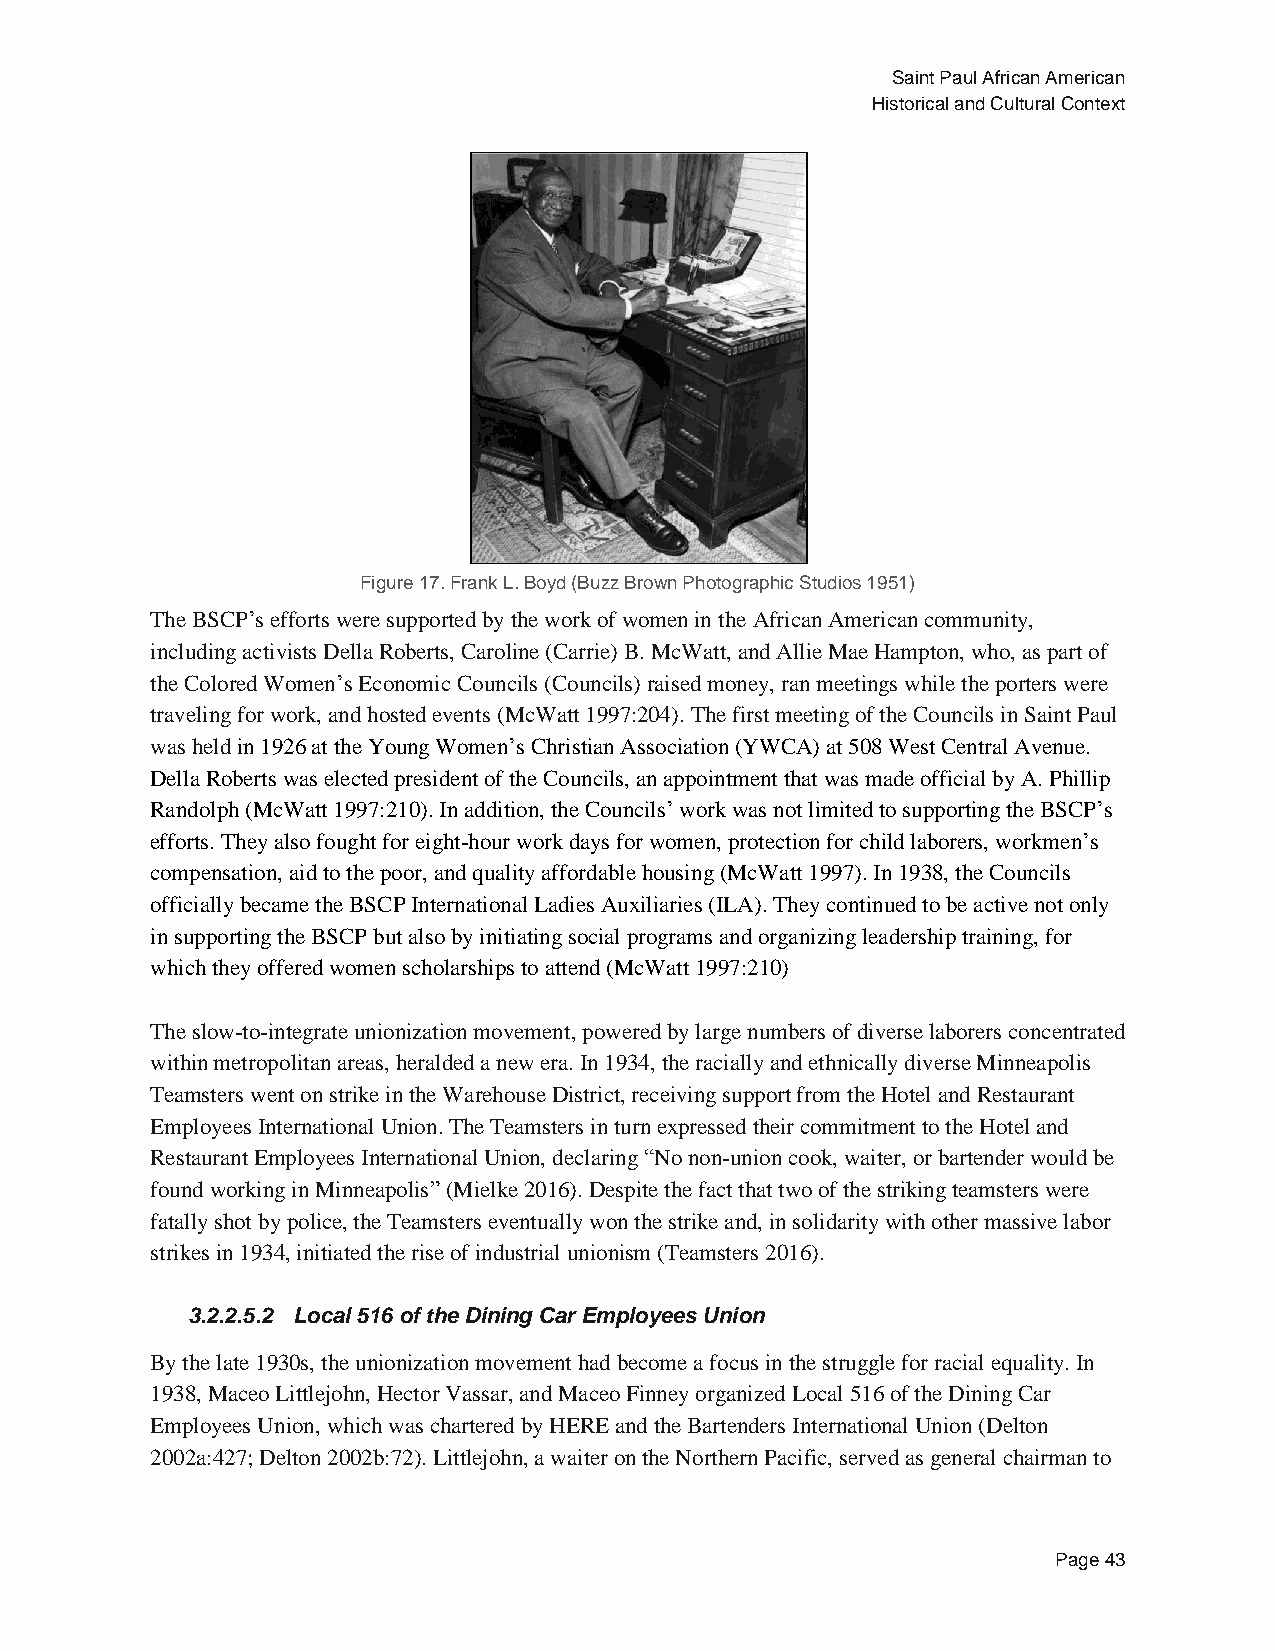
Saint Paul African American
 Historical and Cultural Context
 Figure 17. Frank L. Boyd (Buzz Brown Photographic Studios 1951)
 The BSCP’s efforts were supported by the work of women in the African American community,
 including activists Della Roberts, Caroline (Carrie) B. McWatt, and Allie Mae Hampton, who, as part of
 the Colored Women’s Economic Councils (Councils) raised money, ran meetings while the porters were
 traveling for work, and hosted events (McWatt 1997:204). The first meeting of the Councils in Saint Paul
 was held in 1926 at the Young Women’s Christian Association (YWCA) at 508 West Central Avenue.
 Della Roberts was elected president of the Councils, an appointment that was made official by A. Phillip
 Randolph (McWatt 1997:210). In addition, the Councils’ work was not limited to supporting the BSCP’s
 efforts. They also fought for eight-hour work days for women, protection for child laborers, workmen’s
 compensation, aid to the poor, and quality affordable housing (McWatt 1997). In 1938, the Councils
 officially became the BSCP International Ladies Auxiliaries (ILA). They continued to be active not only
 in supporting the BSCP but also by initiating social programs and organizing leadership training, for
 which they offered women scholarships to attend (McWatt 1997:210)
 The slow-to-integrate unionization movement, powered by large numbers of diverse laborers concentrated
 within metropolitan areas, heralded a new era. In 1934, the racially and ethnically diverse Minneapolis
 Teamsters went on strike in the Warehouse District, receiving support from the Hotel and Restaurant
 Employees International Union. The Teamsters in turn expressed their commitment to the Hotel and
 Restaurant Employees International Union, declaring “No non-union cook, waiter, or bartender would be
 found working in Minneapolis” (Mielke 2016). Despite the fact that two of the striking teamsters were
 fatally shot by police, the Teamsters eventually won the strike and, in solidarity with other massive labor
 strikes in 1934, initiated the rise of industrial unionism (Teamsters 2016).
 3.2.2.5.2 Local 516 of the Dining Car Employees Union
 By the late 1930s, the unionization movement had become a focus in the struggle for racial equality. In
 1938, Maceo Littlejohn, Hector Vassar, and Maceo Finney organized Local 516 of the Dining Car
 Employees Union, which was chartered by HERE and the Bartenders International Union (Delton
 2002a:427; Delton 2002b:72). Littlejohn, a waiter on the Northern Pacific, served as general chairman to
 Page 43